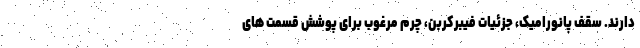
دارند. سقف پانورامیک، جزئیات فیبرکربن، چرم مرغوب برای پوشش قسمت های